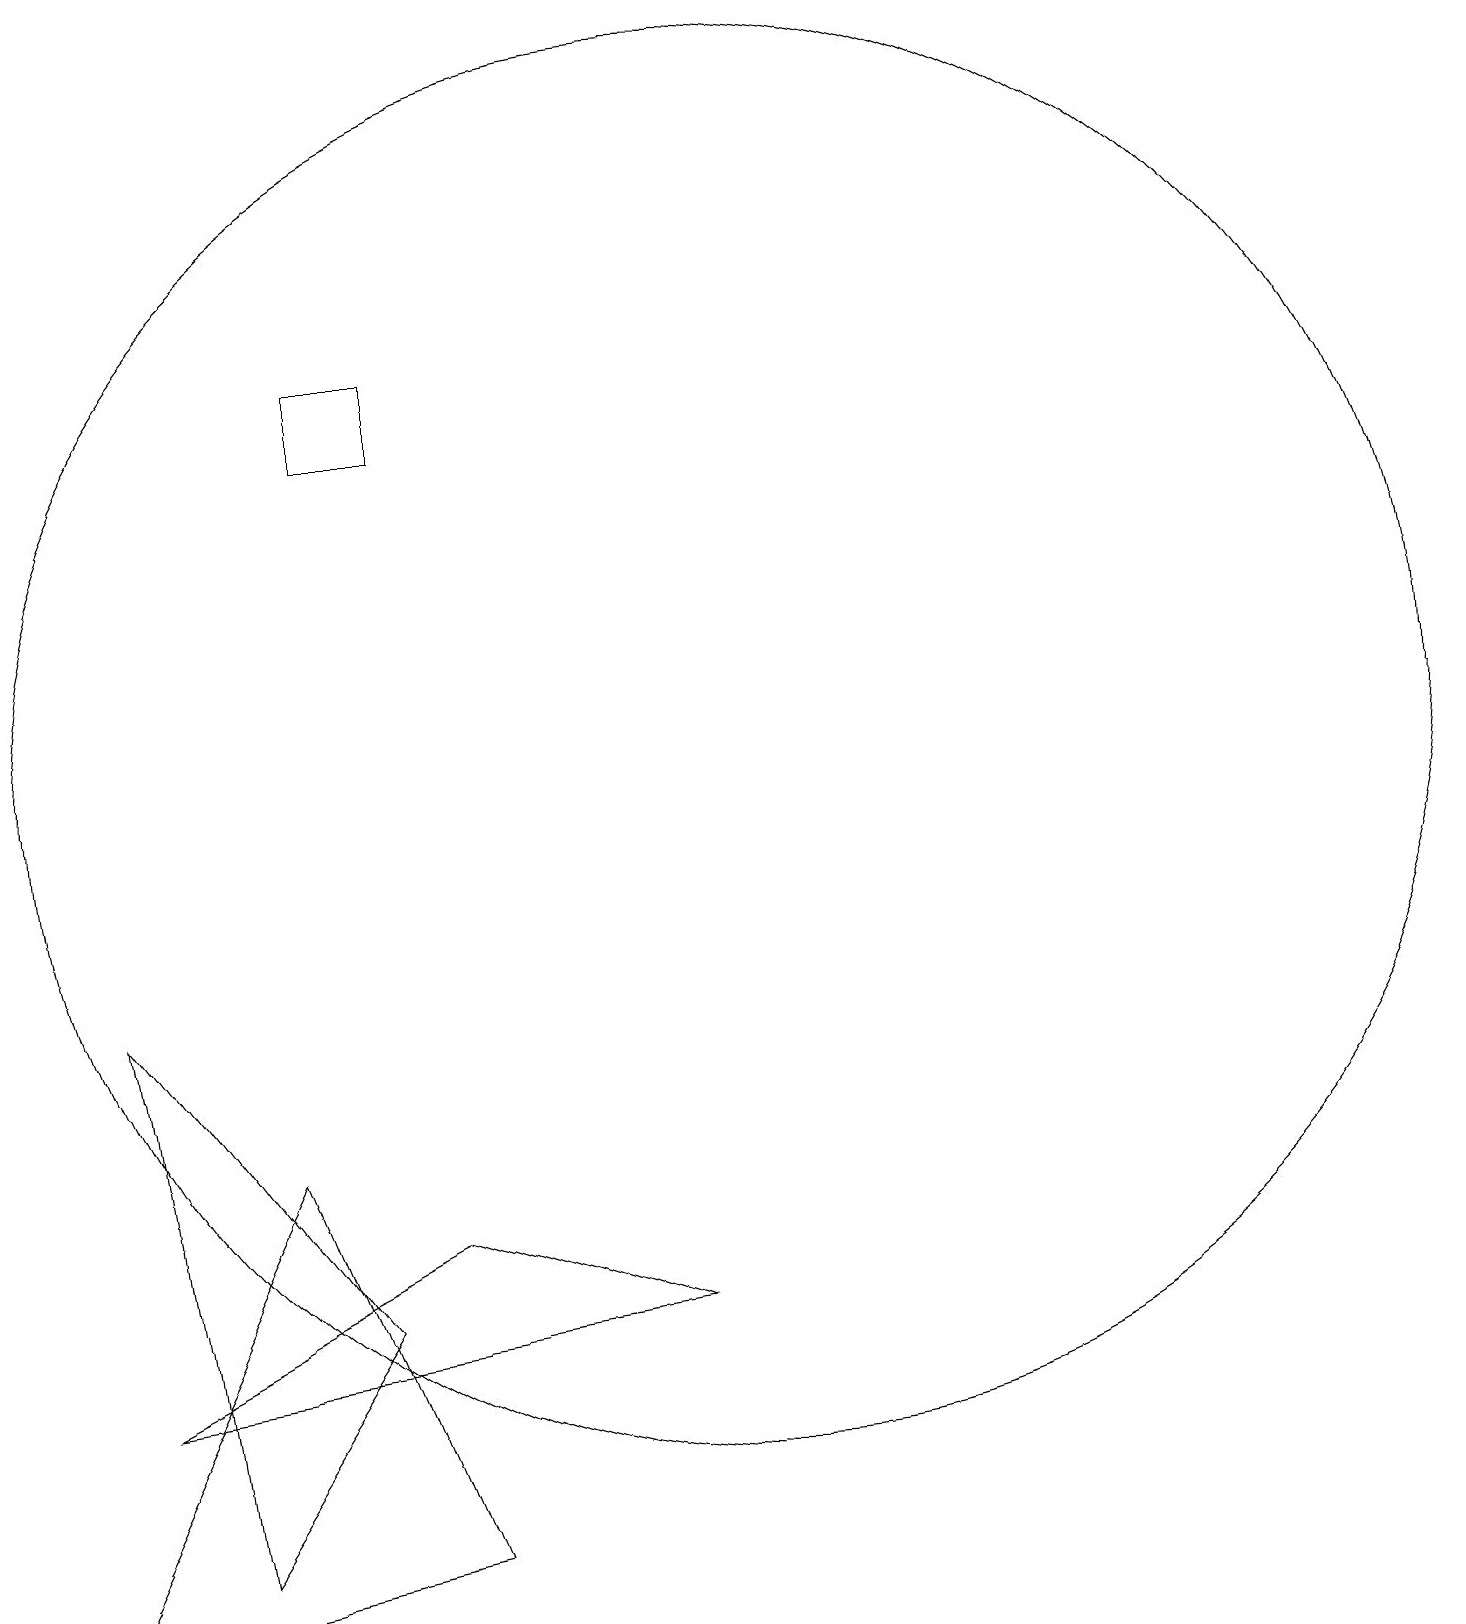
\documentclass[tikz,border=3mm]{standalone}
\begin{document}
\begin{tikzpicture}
\draw (6,1) -- (4,6) -- (1,0) -- cycle;
\draw (10,11) circle (9);
\draw (10,10) circle (0);
\draw (6,16) rectangle (5,15);
\draw (3,1) -- (5,4) -- (2,8) -- cycle;
\draw (6,5) -- (9,4) -- (2,3) -- cycle;
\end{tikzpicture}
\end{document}